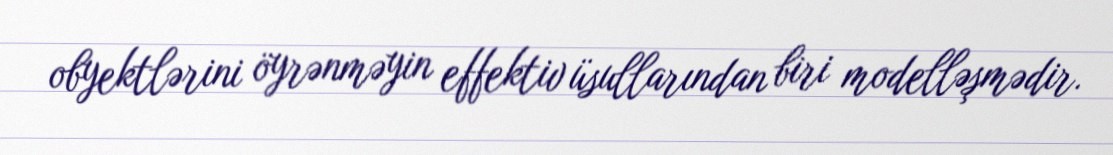
obyektlərini öyrənməyin effektiv üsullarından biri modelləşmədir.